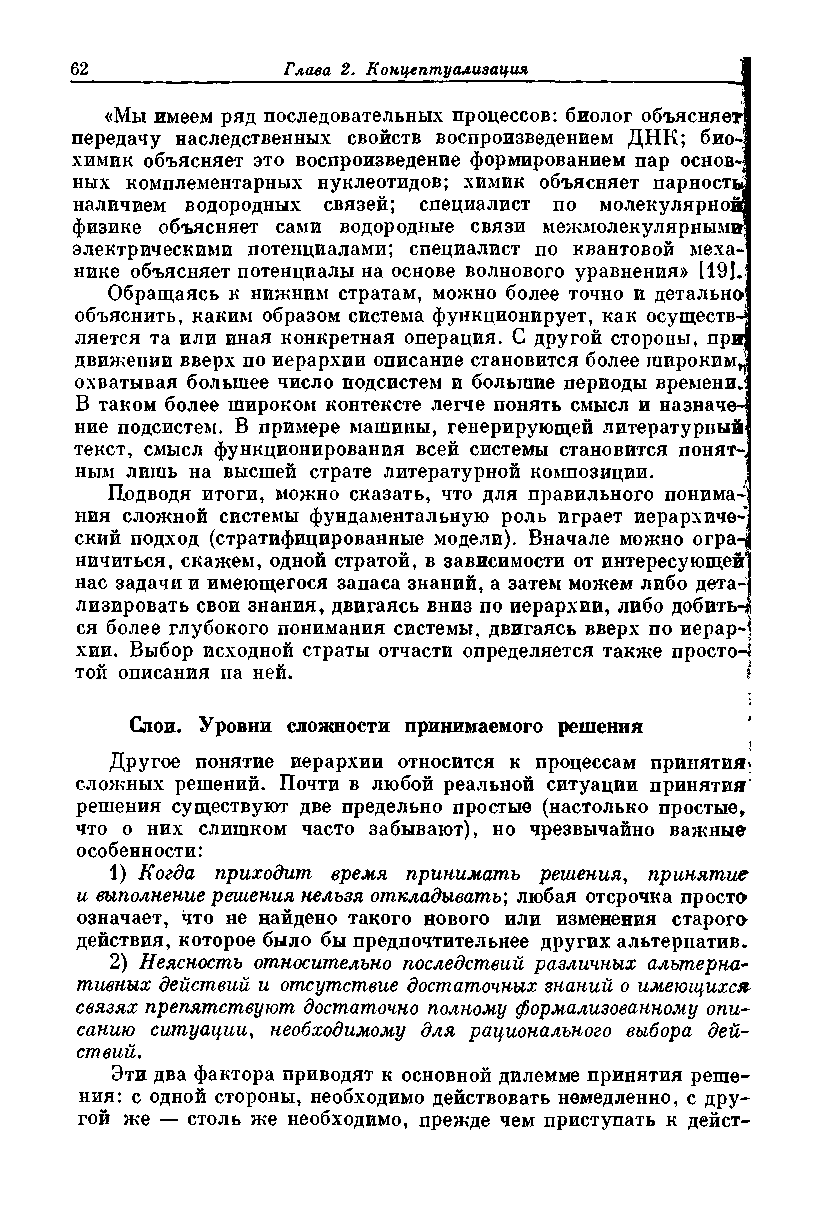
«Мы имеем ряд последовательных процессов: биолог объясняет
 передачу наследственных свойств воспроизведением ДНК; био»
 химик объясняет это воспроизведение формированием пар основ»
 ных комплементарных нуклеотидов; химик объясняет парность
 наличием водородных связей; специалист по молекулярной
 физике объясняет сами водородные связи межмолекулярными
 электрическими потенциалами; специалист по квантовой меха­
 нике объясняет потенциалы на основе волнового уравнения» [19J.
 Обращаясь к нижним стратам, можно более точно и детально
 объяснить, каким образом система функционирует, как осуществ-j
 ляется та или иная конкретная операция. С другой стороны, при!
 движении вверх по иерархии описание становится более широким^
 охватывая большее число подсистем и большие периоды временив
 В таком более широком контексте легче понять смысл и назначе­
 ние подсистем. В примере машины, генерирующей литературный
 текст, смысл функционирования всей системы становится понят»,
 ным лишь на высшей страте литературной композиции.
 Подводя итоги, можно сказать, что для правильного понима-|
 ния сложной системы фундаментальную роль играет иерархиче-1
 ский подход (стратифицированные модели). Вначале можно огра-|
 ничиться, скажем, одной стратой, в зависимости от интересующей]
 нас задачи и имеющегося запаса знаний, а затем можем либо дета­
 лизировать свои знания, двигаясь вниз по иерархии, либо добить-|
 ся более глубокого понимания системы, двигаясь вверх по иерар-j
 хии. Выбор исходной страты отчасти определяется также простор
 той описания на ней.                        I
 Слои. Уровни сложности принимаемого решения
 I
 Другое понятие иерархии относится к процессам принятия^
 сложных решений. Почти в любой реальной ситуации принятия
 решения существуют две предельно простые (настолько простые,
 что о них слишком часто забывают), но чрезвычайно важные
 особенности:
 1) Когда приходит время принимать решения, принятие
 и выполнение решения нельзя откладывать; любая отсрочка проста
 означает, что не найдено такого нового или изменения старого
 действия, которое было бы предпочтительнее других альтернатив.
 2) Неясность относительно последствий различных альтерна­
 тивных действий и отсутствие достаточных знаний о имеющихся
 связях препятствуют достаточно полному формализованному опи­
 санию ситуации, необходимому для рационального выбора дей­
 ствий.
 Эти два фактора приводят к основной дилемме принятия реше­
 ния: с одной стороны, необходимо действовать немедленно, с дру­
 гой же — столь же необходимо, прежде чем приступать к дейст­